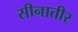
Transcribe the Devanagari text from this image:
सीनातीर